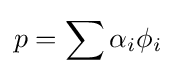
p=\sum \alpha _{i}\phi _{i}